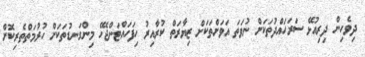
ދިވެހިން ދިރިއުޅޭ ސަރަހައްދުތަކަށް ނުވަތަ އަވަށްތަކަށް ޒިޔާރަތް ކުރާއިރު ހިފަހައްޓަންޖެހޭ މިންގަނޑުތަކަށް ހުރުމަތްތެރިކޮށް